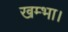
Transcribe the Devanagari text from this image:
खम्भा।